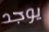
يوجد